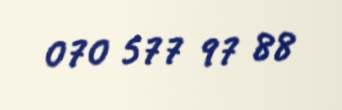
070 577 97 88